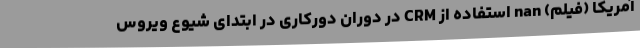
آمریکا (فیلم) nan استفاده از CRM در دوران دورکاری در ابتدای شیوع ویروس